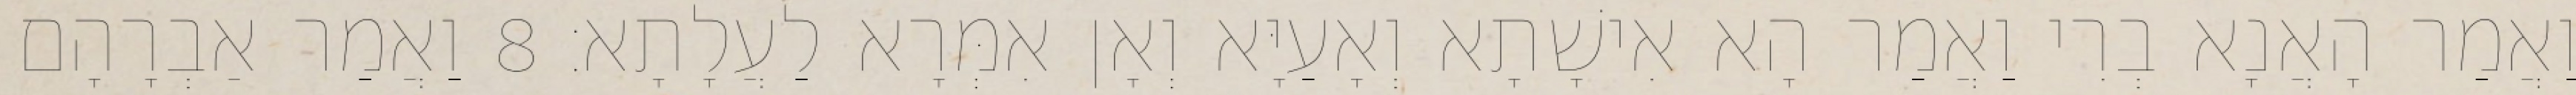
וַאֲמַר הָאֲנָא בְרִי וַאֲמַר הָא אִישָׁתָא וְאָעַיָּא וְאָן אִמְּרָא לַעֲלָתָא׃ 8 וַאֲמַר אַבְרָהָם